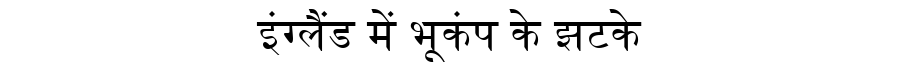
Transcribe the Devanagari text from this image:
इंग्लैंड में भूकंप के झटके